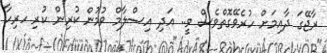
ރާޖޭގަ ދާއިމަށް ހުރެވޭގޮތްވެސް ވީ.. އަދި އިސްލާމް ވުމުން ކުރިން ކުރި ހރިހާ